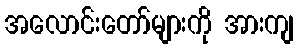
အလောင်းတော်များကို အားကျ